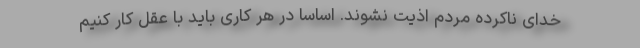
خدای ناکرده مردم اذیت نشوند. اساساً در هر کاری باید با عقل کار کنیم